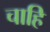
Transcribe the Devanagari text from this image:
चाहि